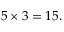
5 \times 3 = 1 5 .